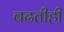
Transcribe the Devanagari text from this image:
बढतीही